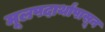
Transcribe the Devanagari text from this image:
मूलपदार्थांपासून